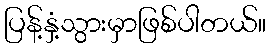
ပြန့်နှံ့သွားမှာဖြစ်ပါတယ်။